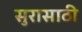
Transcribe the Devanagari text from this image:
सुरासाठी